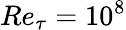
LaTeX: Re_{\tau}=10^{8}